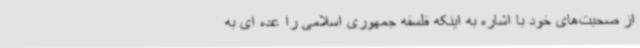
از صحبت‌های خود با اشاره به اینکه فلسفه جمهوری اسلامی را عده ای به